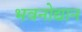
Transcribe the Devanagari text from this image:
भवनोद्यान